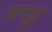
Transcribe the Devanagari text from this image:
मच्‍छू